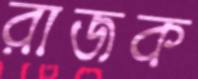
রাজক